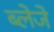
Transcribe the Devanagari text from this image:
ब्लेजे